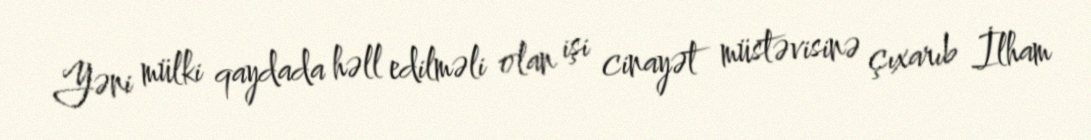
Yəni mülki qaydada həll edilməli olan işi cinayət müstəvisinə çıxarıb İlham